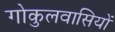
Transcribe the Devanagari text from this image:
गोकुलवासियों